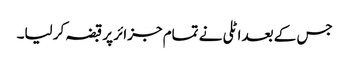
جس کے بعد اٹلی نے تمام جزائر پر قبضہ کر لیا۔